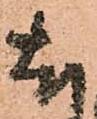
尤